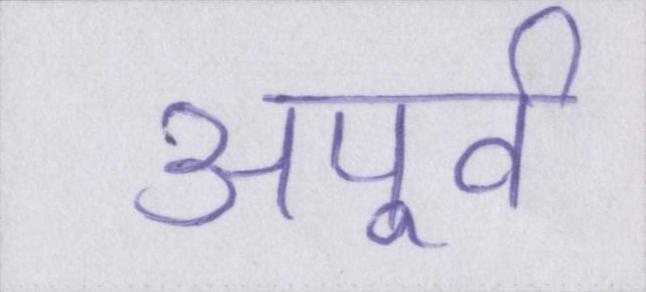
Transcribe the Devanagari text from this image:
अपूर्व